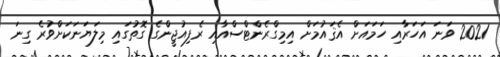
2021 ވަނަ އަހަރާއި ހަމައަށް އެޤައުމަށް އިމިގްރެންޓްސްއާއި ރެފިއުޖީންގެ ގޮތުގައި މިލަޔަނަކަށްވުރެ ގިނަ